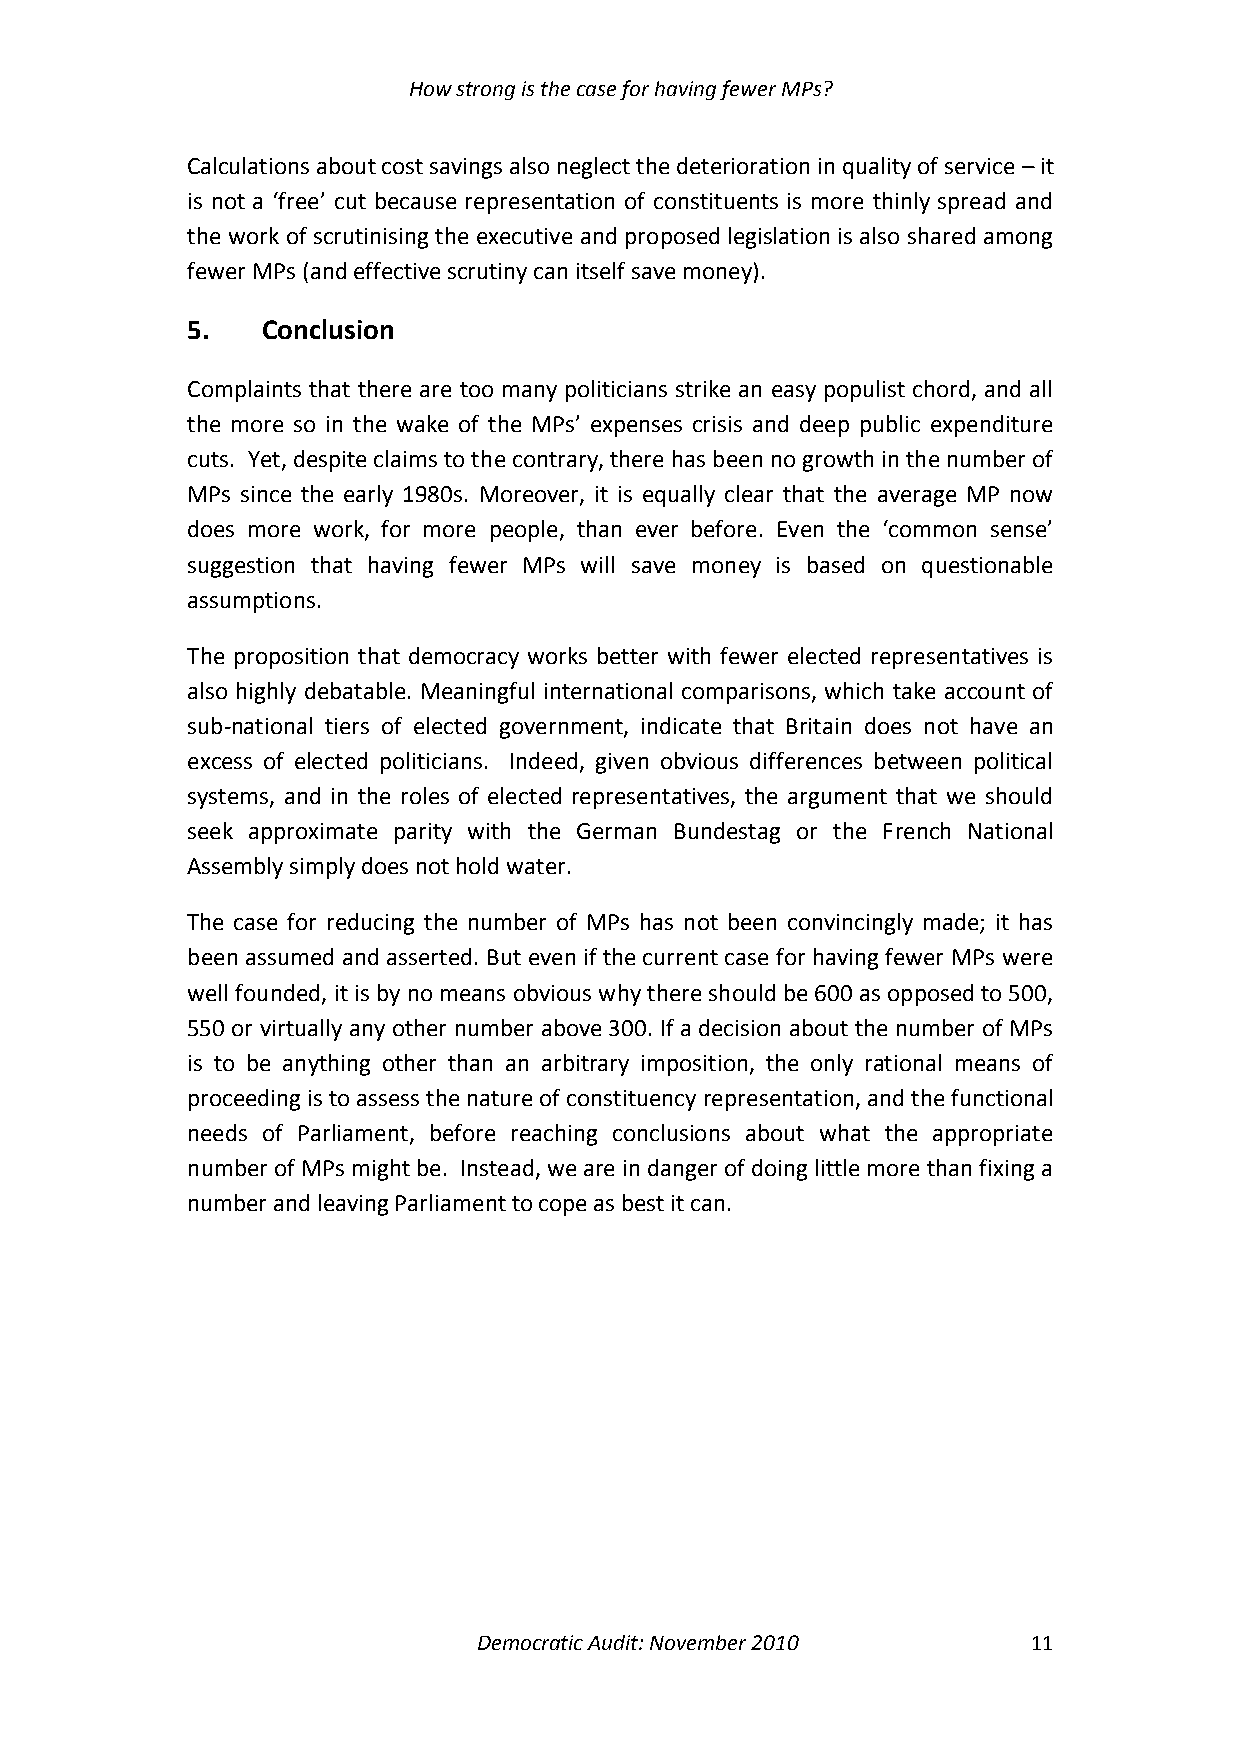
How strong is the case for having fewer MPs?
 Calculations about cost savings also neglect the deterioration in quality of service – it
 is not a ‘free’ cut because representation of constituents is more thinly spread and
 the work of scrutinising the executive and proposed legislation is also shared among
 fewer MPs (and effective scrutiny can itself save money).
 5.   Conclusion
 Complaints that there are too many politicians strike an easy populist chord, and all
 the more so in the wake of the MPs’ expenses crisis and deep public expenditure
 cuts. Yet, despite claims to the contrary, there has been no growth in the number of
 MPs since the early 1980s. Moreover, it is equally clear that the average MP now
 does more work, for more people, than ever before. Even the ‘common sense’
 suggestion that having fewer MPs will save money is based on questionable
 assumptions.
 The proposition that democracy works better with fewer elected representatives is
 also highly debatable. Meaningful international comparisons, which take account of
 sub-national tiers of elected government, indicate that Britain does not have an
 excess of elected politicians. Indeed, given obvious differences between political
 systems, and in the roles of elected representatives, the argument that we should
 seek approximate parity with the German Bundestag or the French National
 Assembly simply does not hold water.
 The case for reducing the number of MPs has not been convincingly made; it has
 been assumed and asserted. But even if the current case for having fewer MPs were
 well founded, it is by no means obvious why there should be 600 as opposed to 500,
 550 or virtually any other number above 300. If a decision about the number of MPs
 is to be anything other than an arbitrary imposition, the only rational means of
 proceeding is to assess the nature of constituency representation, and the functional
 needs of Parliament, before reaching conclusions about what the appropriate
 number of MPs might be. Instead, we are in danger of doing little more than fixing a
 number and leaving Parliament to cope as best it can.
 Democratic Audit: November 2010     11